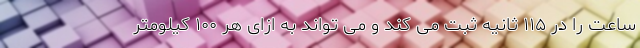
ساعت را در ۱۱۵ ثانیه ثبت می کند و می تواند به ازای هر ۱۰۰ کیلومتر